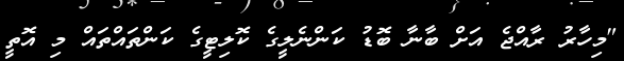
"މިހާރު ރާއްޖެ އަށް ބާނާ ބޮޑު ކަންނެލީގެ ކޮލިޓީގެ ކަންތައްތައް މި އޮތީ